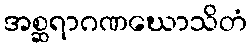
အစ္ဆရာဂဏဃောသိတံ